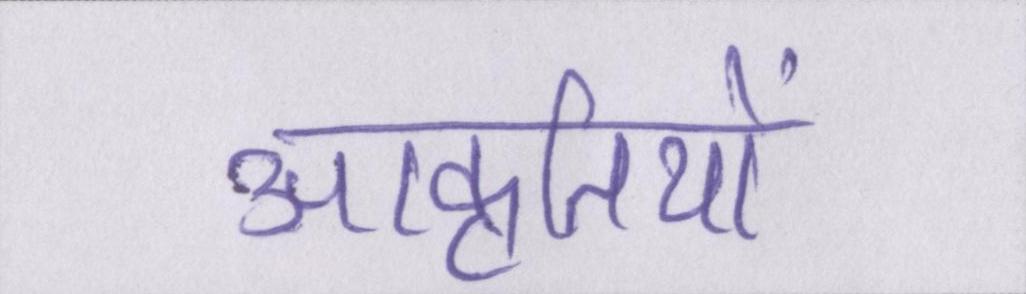
आकृतियों